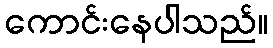
ကောင်းနေပါသည်။